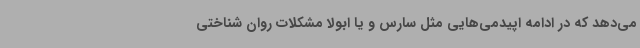
می‌دهد که در ادامه اپیدمی‌هایی مثل سارس و یا ابولا مشکلات روان شناختی